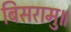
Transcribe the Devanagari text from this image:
बिसरामु॥